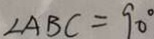
\angle A B C = 9 0 ^ { \circ }